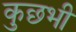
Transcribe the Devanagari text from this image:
कुछभी